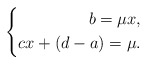
\begin{align*}\left\{\begin{aligned}b=\mu x,\\cx+(d-a)=\mu.\end{aligned}\right.\end{align*}